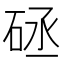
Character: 𥒡